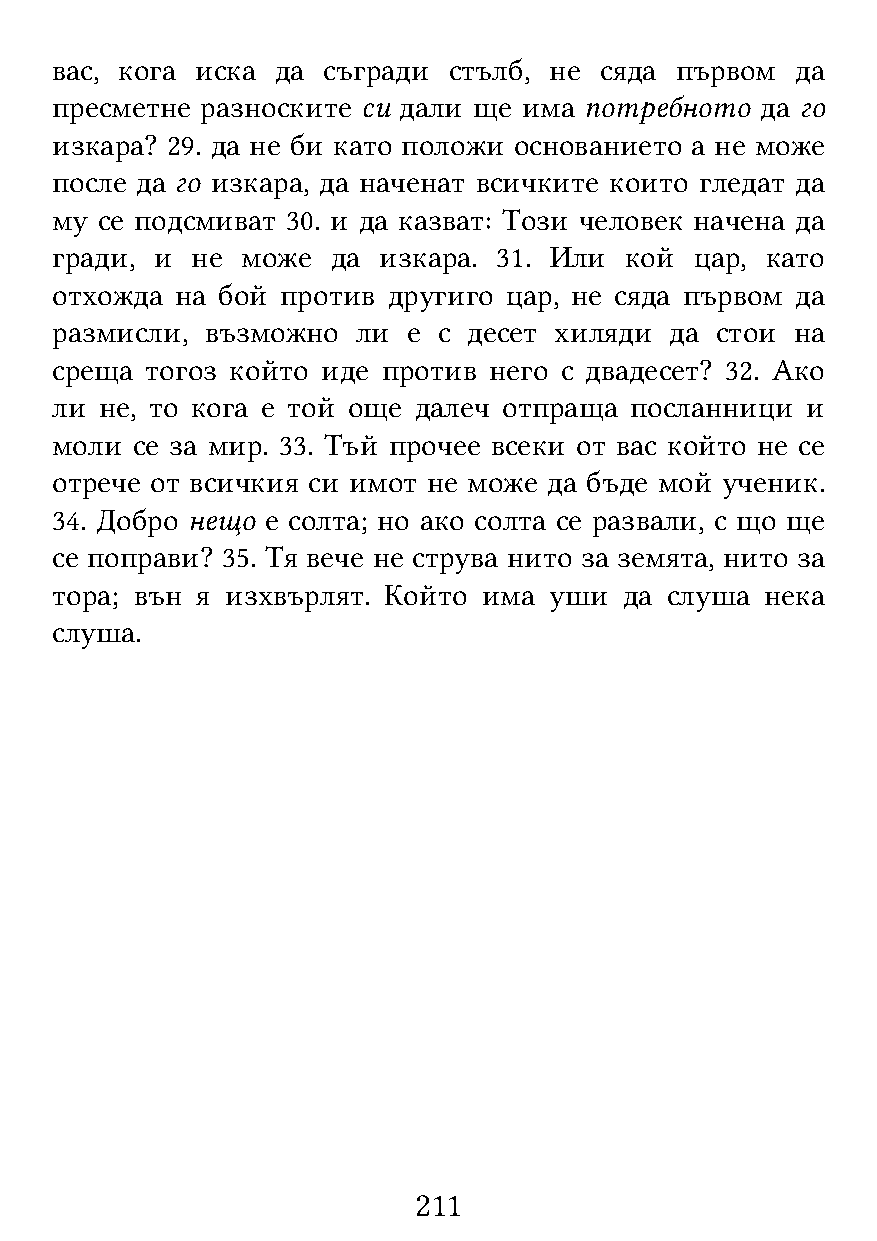
вас, кога иска да съгради  стълб, не сяда първом  да
 пресметне разноските си дали ще има потребното да го
 изкара? 29. да не би като положи основанието а не може
 после да го изкара, да наченат всичките които гледат да
 му се подсмиват 30. и да казват: Този человек начена да
 гради, и  не може  да изкара. 31. Или кой  цар, като
 отхожда  на бой против другиго цар, не сяда първом да
 размисли,  възможно  ли е с десет хиляди да стои  на
 среща  тогоз който иде против него с двадесет? 32. Ако
 ли  не, то кога е той още далеч отпраща посланници и
 моли  се за мир. 33. Тъй прочее всеки от вас който не се
 отрече от всичкия си имот не може да бъде мой ученик.
 34. Добро нещо е солта; но ако солта се развали, с що ще
 се поправи? 35. Тя вече не струва нито за земята, нито за
 тора; вън я изхвърлят. Който има уши  да слуша  нека
 слуша.
 211